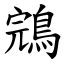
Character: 鵍